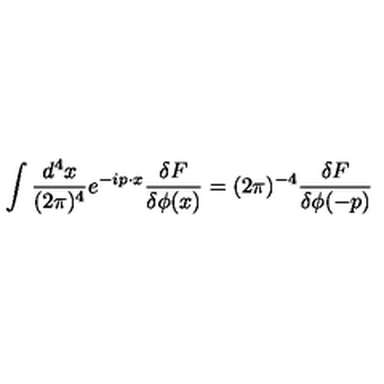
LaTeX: \int \frac { d ^ { 4 } x } { ( 2 \pi ) ^ { 4 } } e ^ { - i p \cdot x } \frac { \delta F } { \delta \phi ( x ) } = ( 2 \pi ) ^ { - 4 } \frac { \delta F } { \delta \phi ( - p ) }